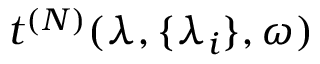
t ^ { ( N ) } ( \lambda , \{ \lambda _ { i } \} , \omega )